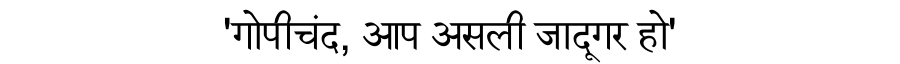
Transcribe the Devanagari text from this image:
'गोपीचंद, आप असली जादूगर हो'